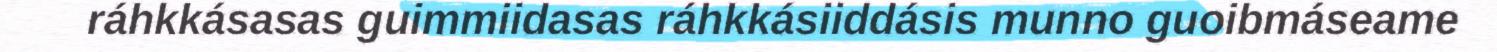
ráhkkásasas guimmiidasas ráhkkásiiddásis munno guoibmáseame